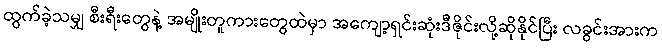
ထွက်ခဲ့သမျှ စီးရီးတွေနဲ့ အမျိုးတူကားတွေထဲမှာ အကျော့ရှင်းဆုံးဒီဇိုင်းလို့ဆိုနိုင်ပြီး လခွင်းအားက